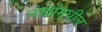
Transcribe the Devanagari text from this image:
लेखांमधील